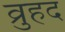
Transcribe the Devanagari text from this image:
व्रुहद